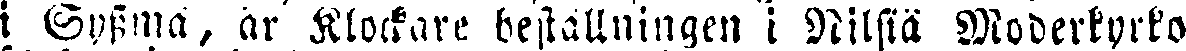
i Syssmä, är Klockare beställningen i Nilsiä Moderkyrko